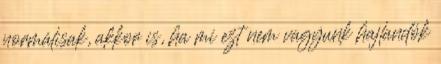
normálisak, akkor is, ha mi ezt nem vagyunk hajlandók